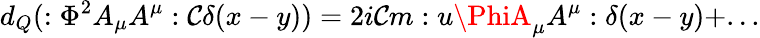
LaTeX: d_{Q}(:\Phi^{2}A_{\mu}A^{\mu}:\mathcal{C}\delta(x-y))=2i\mathcal{C}m:u\PhiA_{\mu}A^{\mu}:\delta(x-y)+...